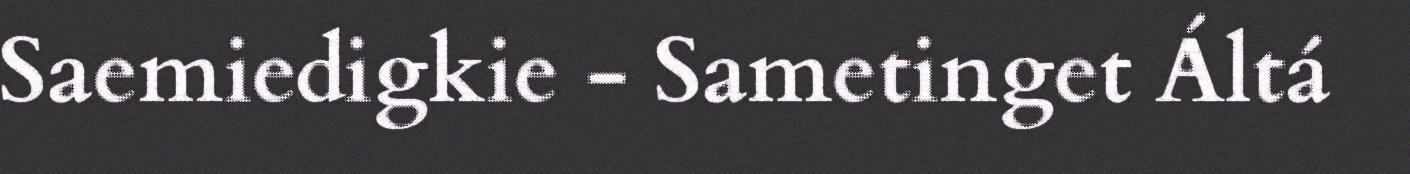
Saemiedigkie - Sametinget Áltá